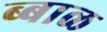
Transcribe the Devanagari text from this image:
ब्बाळ